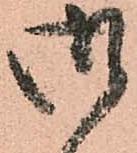
御